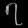
Digit: ၇